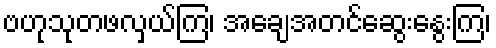
ဗဟုသုတဖလှယ်ကြ၊ အချေအတင်ဆွေးနွေးကြ၊